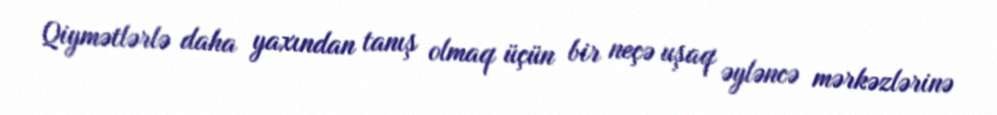
Qiymətlərlə daha yaxından tanış olmaq üçün bir neçə uşaq əyləncə mərkəzlərinə